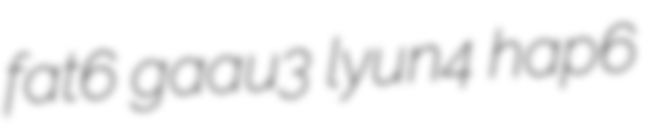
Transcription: fat6 gaau3 lyun4 hap6